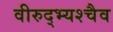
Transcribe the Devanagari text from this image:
वीरुद्भ्यश्चैव